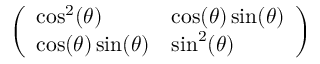
\left( \begin{array} { l l } { \cos ^ { 2 } ( \theta ) } & { \cos ( \theta ) \sin ( \theta ) } \\ { \cos ( \theta ) \sin ( \theta ) } & { \sin ^ { 2 } ( \theta ) } \end{array} \right)